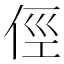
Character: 俓